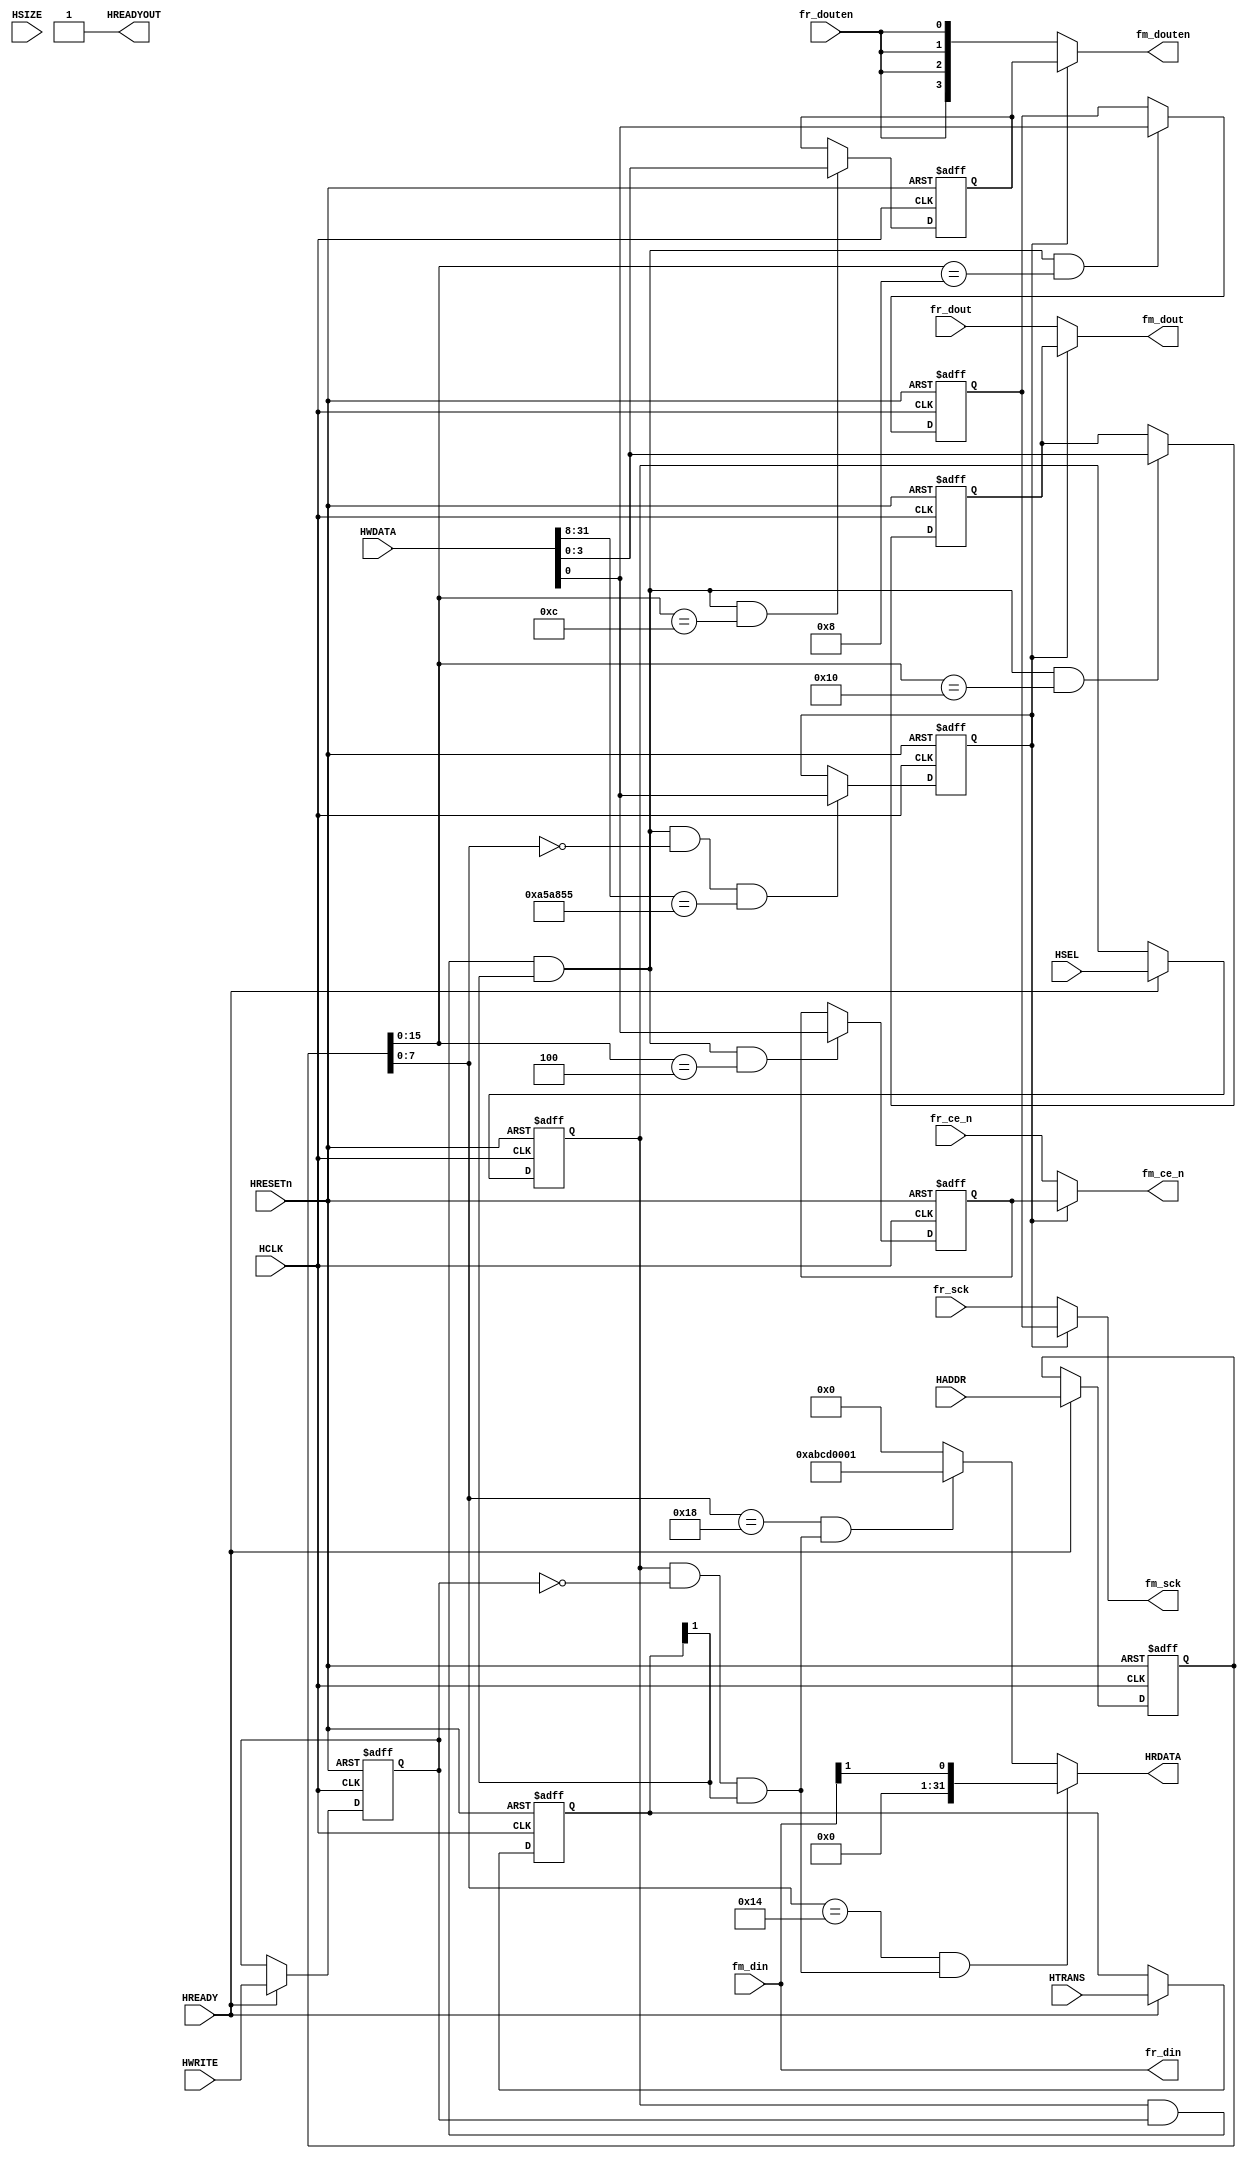
/*

	Copyright 2020 Mohamed Shalan
	
	Licensed under the Apache License, Version 2.0 (the "License"); 
	you may not use this file except in compliance with the License. 
	You may obtain a copy of the License at:

	http://www.apache.org/licenses/LICENSE-2.0

	Unless required by applicable law or agreed to in writing, software 
	distributed under the License is distributed on an "AS IS" BASIS, 
	WITHOUT WARRANTIES OR CONDITIONS OF ANY KIND, either express or implied. 
	See the License for the specific language governing permissions and 
	limitations under the License.
*/

`timescale              1ns/1ps
`default_nettype        wire


/*
    A bit bangging flash writer with AHB slave interface
    Registers:
        00: Write Enable
        04: SSn control
        08: SCK control
        0C: OE control
        10: SO data out (write, 4 bits)
        14: SI data in (read, 4bits)
*/

module AHB_FLASH_WRITER_QSPI (
    input               HCLK,
    input               HRESETn,
    
    // AHB-Lite Slave Interface
    //`AHB_SLAVE_IFC,
    // AHB-Lite Slave Interface
    input wire          HSEL,
    input wire [31:0]   HADDR,
    input wire [1:0]    HTRANS,
    input wire          HWRITE,
    input wire          HREADY,
    input wire [31:0]   HWDATA,
    input wire [2:0]    HSIZE,
    output wire         HREADYOUT,
    output wire [31:0]  HRDATA,
    
    // FLASH Interface from the FR
    input  wire         fr_sck,
    input  wire         fr_ce_n,
    output wire [3:0]   fr_din,
    input  wire [3:0]   fr_dout,
    input  wire         fr_douten,

    // FLASH Interface
    output  wire        fm_sck,
    output  wire        fm_ce_n,
    input   wire [3:0]  fm_din,
    output  wire [3:0]  fm_dout,
    output  wire [3:0]  fm_douten
);

    localparam  WE_REG_OFF  = 8'h00, 
                SS_REG_OFF  = 8'h04,
                SCK_REG_OFF = 8'h08,
                OE_REG_OFF  = 8'h0c,
                SO_REG_OFF  = 8'h10,
                SI_REG_OFF  = 8'h14,
                ID_REG_OFF  = 8'h18;
                
                
    
    reg             last_HSEL;
    reg [31:0]      last_HADDR;
    reg             last_HWRITE;
    reg [1:0]       last_HTRANS;

    always@ (posedge HCLK or negedge HRESETn) begin
		if (!HRESETn) begin
			last_HSEL       <= 0;
			last_HADDR      <= 0;
			last_HWRITE     <= 0;
			last_HTRANS     <= 0;
		end else if(HREADY) begin
			last_HSEL       <= HSEL;
			last_HADDR      <= HADDR;
			last_HWRITE     <= HWRITE;
			last_HTRANS     <= HTRANS;
		end
	end

    wire rd_enable = last_HSEL & (~last_HWRITE) & last_HTRANS[1];
    wire wr_enable = last_HSEL & (last_HWRITE) & last_HTRANS[1];

    reg             WE_REG;
    wire WE_REG_sel = wr_enable & (last_HADDR[7:0] == WE_REG_OFF);
    always @(posedge HCLK or negedge HRESETn)
    begin
        if (~HRESETn)
            WE_REG <= 1'h0;
        else if (WE_REG_sel & (HWDATA[31:8] == 24'hA5A855))
            WE_REG <= HWDATA[0];
    end

    
        reg [1-1:0] SS_REG;
        wire SS_REG_SEL = wr_enable & (last_HADDR[15:0] == SS_REG_OFF);
        always @(posedge HCLK or negedge HRESETn)
            if (~HRESETn)
                SS_REG <= 1;
            else if (SS_REG_SEL)
                SS_REG <= HWDATA[1-1:0];  
    
        reg [1-1:0] SCK_REG;
        wire SCK_REG_SEL = wr_enable & (last_HADDR[15:0] == SCK_REG_OFF);
        always @(posedge HCLK or negedge HRESETn)
            if (~HRESETn)
                SCK_REG <= 0;
            else if (SCK_REG_SEL)
                SCK_REG <= HWDATA[1-1:0];
    
        reg [4-1:0] OE_REG;
        wire OE_REG_SEL = wr_enable & (last_HADDR[15:0] == OE_REG_OFF);
        always @(posedge HCLK or negedge HRESETn)
            if (~HRESETn)
                OE_REG <= 0;
            else if (OE_REG_SEL)
                OE_REG <= HWDATA[4-1:0];  
    
        reg [4-1:0] SO_REG;
        wire SO_REG_SEL = wr_enable & (last_HADDR[15:0] == SO_REG_OFF);
        always @(posedge HCLK or negedge HRESETn)
            if (~HRESETn)
                SO_REG <= 0;
            else if (SO_REG_SEL)
                SO_REG <= HWDATA[4-1:0];
    
    assign HRDATA = (last_HADDR[7:0] == SI_REG_OFF) & rd_enable ? {31'h0, fm_din[1]} : 
                    (last_HADDR[7:0] == ID_REG_OFF) & rd_enable ? {32'hABCD0001} : 
                    32'h0; 

    assign  fm_sck      =   WE_REG  ?   SCK_REG :   fr_sck;
    assign  fm_ce_n     =   WE_REG  ?   SS_REG  :   fr_ce_n;
    assign  fm_douten   =   WE_REG  ?   OE_REG  :   {4{fr_douten}};
    assign  fm_dout     =   WE_REG  ?   SO_REG  :   fr_dout;

    assign fr_din       =   fm_din;

    assign HREADYOUT = 1'b1;

endmodule